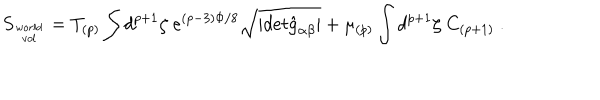
S _ { w o r l d \atop v o l } = T _ { ( p ) } \int d ^ { p + 1 } \zeta \ e ^ { ( p - 3 ) \Phi / 8 } \sqrt { \vert d e t { \hat { g } } _ { \alpha \beta } \vert } + \mu _ { ( p ) } \int d ^ { p + 1 } \zeta \ C _ { ( p + 1 ) } \ .